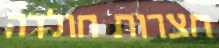
חצרות חולדה